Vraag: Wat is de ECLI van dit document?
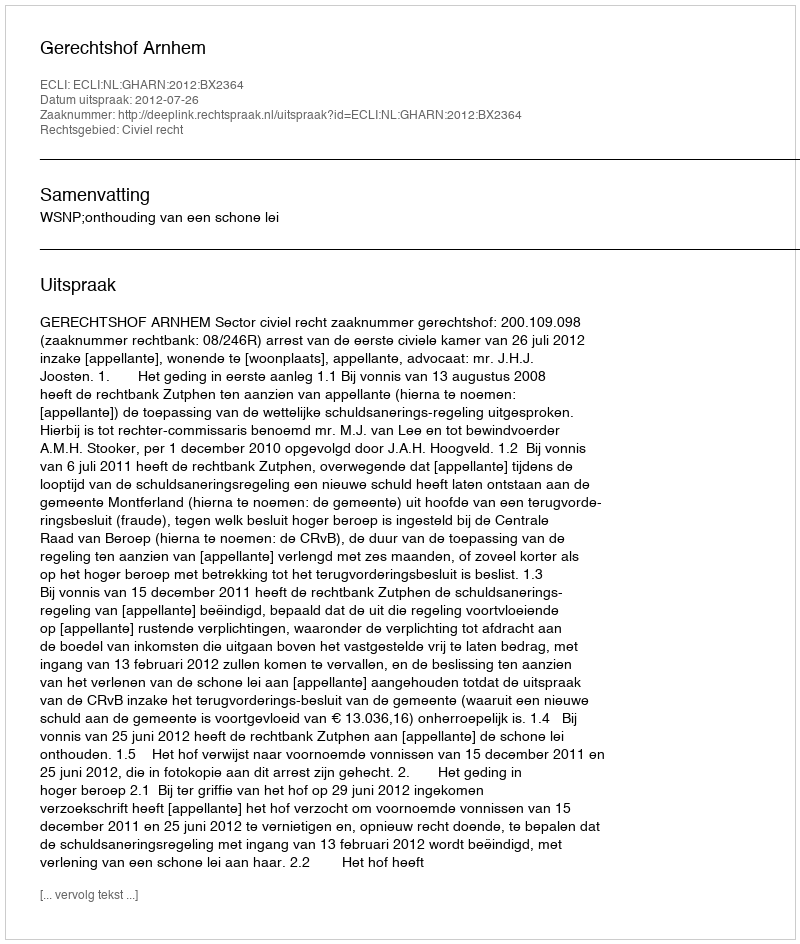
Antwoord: ECLI:NL:GHARN:2012:BX2364